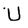
Character: U